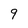
Character: 9